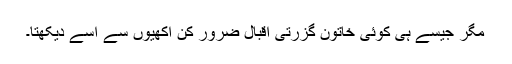
مگر جیسے ہی کوئی خاتون گزرتی اقبال ضرور کن اکھیوں سے اُسے دیکھتا۔